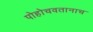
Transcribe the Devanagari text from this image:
पोहोचवतानाच